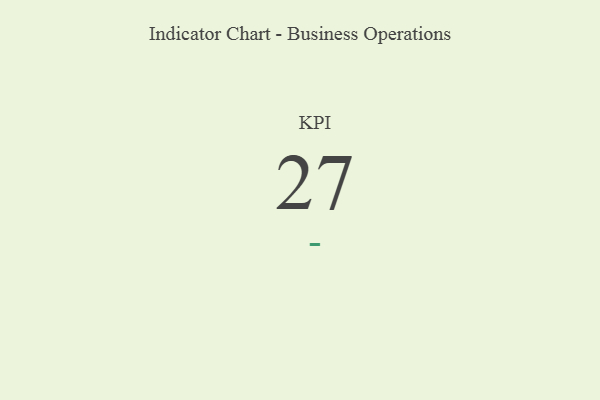
{"axis": {"x": "KPI", "y": "Value"}, "legend": [""], "data": [{"x": "KPI", "y": 27, "type": ""}]}